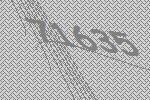
71635